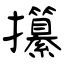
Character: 攥